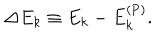
\Delta E _ { k } \equiv E _ { k } - E _ { k } ^ { ( \mathrm { P ) } } .